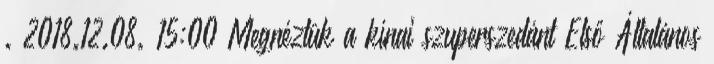
. 2018.12.08. 15:00 Megnéztük a kínai szuperszedánt Első Általános